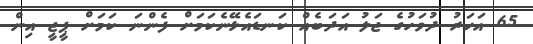
65 އަހަރު ދުވަހުގެ ޖަލު އަދަބެއް ކަނޑައެޅޭނެކަމަށް ފެންނަ ކަމަށް ޕީޖީ އިން